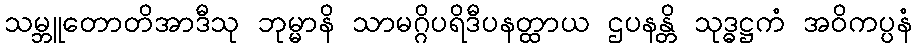
သမ္ဘူတောတိအာဒီသု ဘုမ္မာနိ သာမဂ္ဂိပရိဒီပနတ္ထာယ ဌပနန္တိ သုဒ္ဓဋ္ဌကံ အဝိကပ္ပနံ